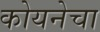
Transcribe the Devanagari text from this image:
कोयनेचा